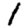
Digit: 1